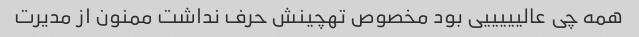
همه چی عالیییییی بود مخصوص تهچینش حرف نداشت ممنون از مدیرت